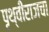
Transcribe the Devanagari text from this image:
पृथ्वीराजचा